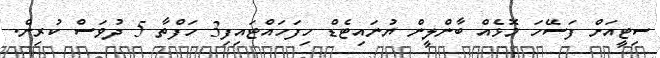
ސިޓީއަށް ފަސޭހަ މޮޅެއް ބާންލީން ޔުނައިޓެޑް ހިފަހައްޓައިފި3 ހަފްތާ 5 ދުވަސް ކުރިން.